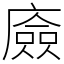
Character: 㢛